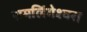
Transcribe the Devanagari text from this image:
रामलिंगेश्‍वरा